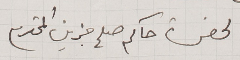
لحضرة حاكم صلح جزين المحترم